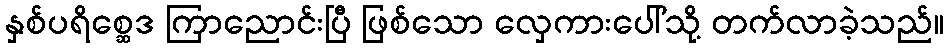
နှစ်ပရိစ္ဆေဒ ကြာညောင်းပြီ ဖြစ်သော လှေကားပေါ်သို့ တက်လာခဲ့သည်။